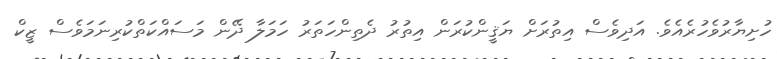
ހުށިޔާރުވެހުރެއެވެ. އަދިވެސް އިތުރަށް ޔަޤީންކުރަން އިތުރު ދެތިންހަތަރު ހަމަލާ ދޭން މަސައްކަތްކުރިނަމަވެސް ޒީކް